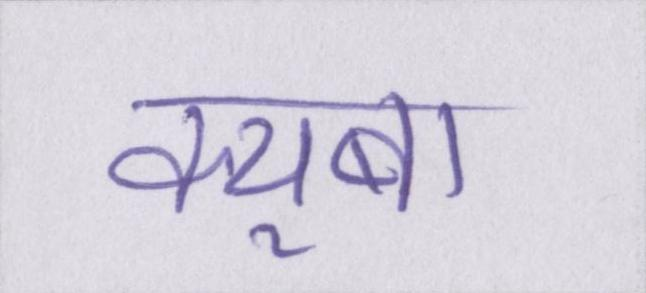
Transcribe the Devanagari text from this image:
क्यूबा